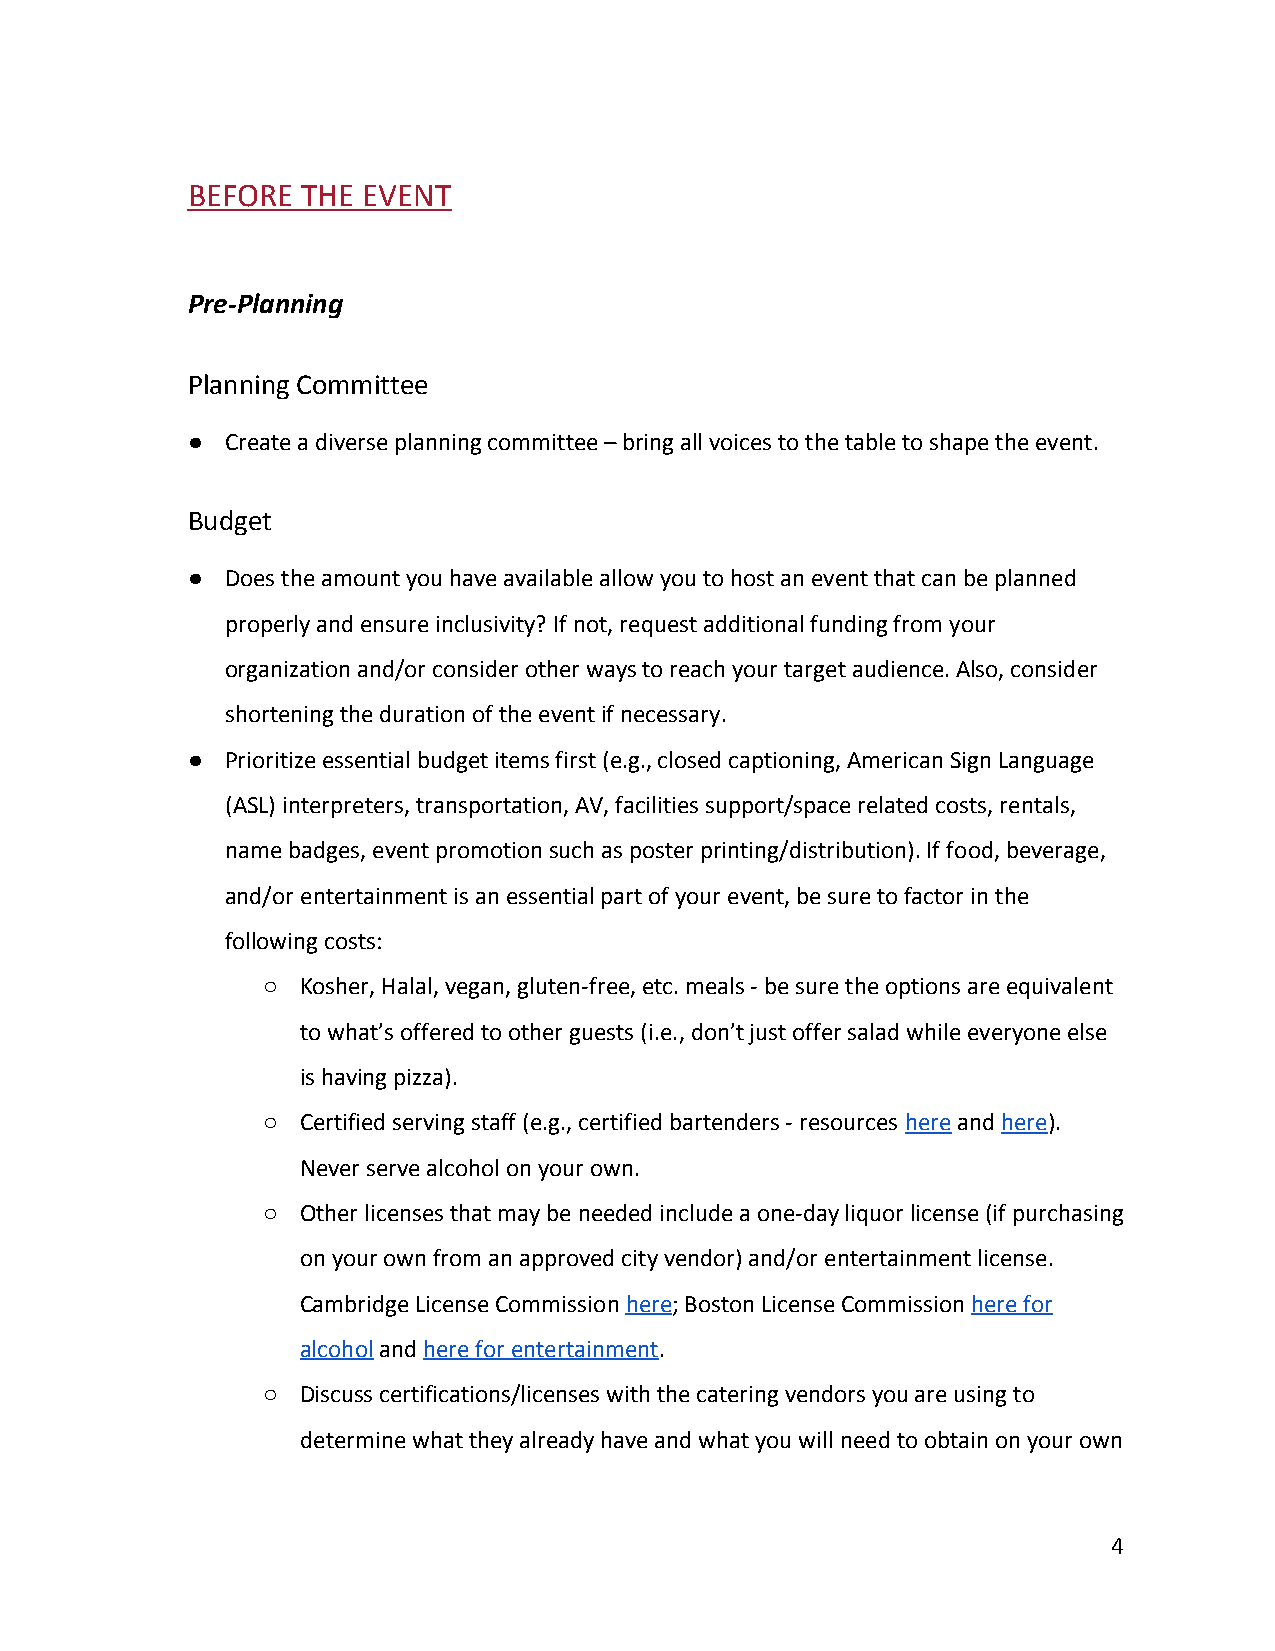
BEFORE  THE EVENT
 Pre-Planning
 Planning Committee
 ●  Create a diverse planning committee – bring all voices to the table to shape the event.
 Budget
 ●  Does the amount you have available allow you to host an event that can be planned
 properly and ensure inclusivity? If not, request additional funding from your
 organization and/or consider other ways to reach your target audience. Also, consider
 shortening the duration of the event if necessary.
 ●  Prioritize essential budget items first (e.g., closed captioning, American Sign Language
 (ASL) interpreters, transportation, AV, facilities support/space related costs, rentals,
 name badges, event promotion such as poster printing/distribution). If food, beverage,
 and/or entertainment is an essential part of your event, be sure to factor in the
 following costs:
 ○  Kosher, Halal, vegan, gluten-free, etc. meals - be sure the options are equivalent
 to what’s offered to other guests (i.e., don’t just offer salad while everyone else
 is having pizza).
 ○  Certified serving staff (e.g., certified bartenders - resources here and here).
 ​  ​  ​  ​
 Never serve alcohol on your own.
 ○  Other licenses that may be needed include a one-day liquor license (if purchasing
 on your own from an approved city vendor) and/or entertainment license.
 Cambridge License Commission here; Boston License Commission here for
 ​   ​                  ​
 alcohol and here for entertainment.
 ​  ​               ​
 ○  Discuss certifications/licenses with the catering vendors you are using to
 determine what they already have and what you will need to obtain on your own
 4